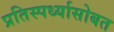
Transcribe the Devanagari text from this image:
प्रतिस्पर्ध्यासोबत